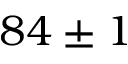
8 4 \pm 1